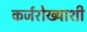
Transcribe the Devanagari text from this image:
कर्जरोख्याशी